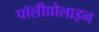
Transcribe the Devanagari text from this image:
पॉलीप्रोलाइन